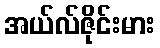
အယ်လ်ဇိုင်းမား